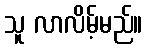
သူ လာလိမ့်မည်။